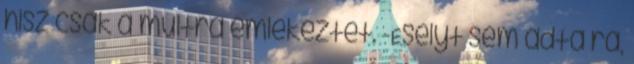
hisz csak a múltra emlékeztet. -Esélyt sem adta rá,